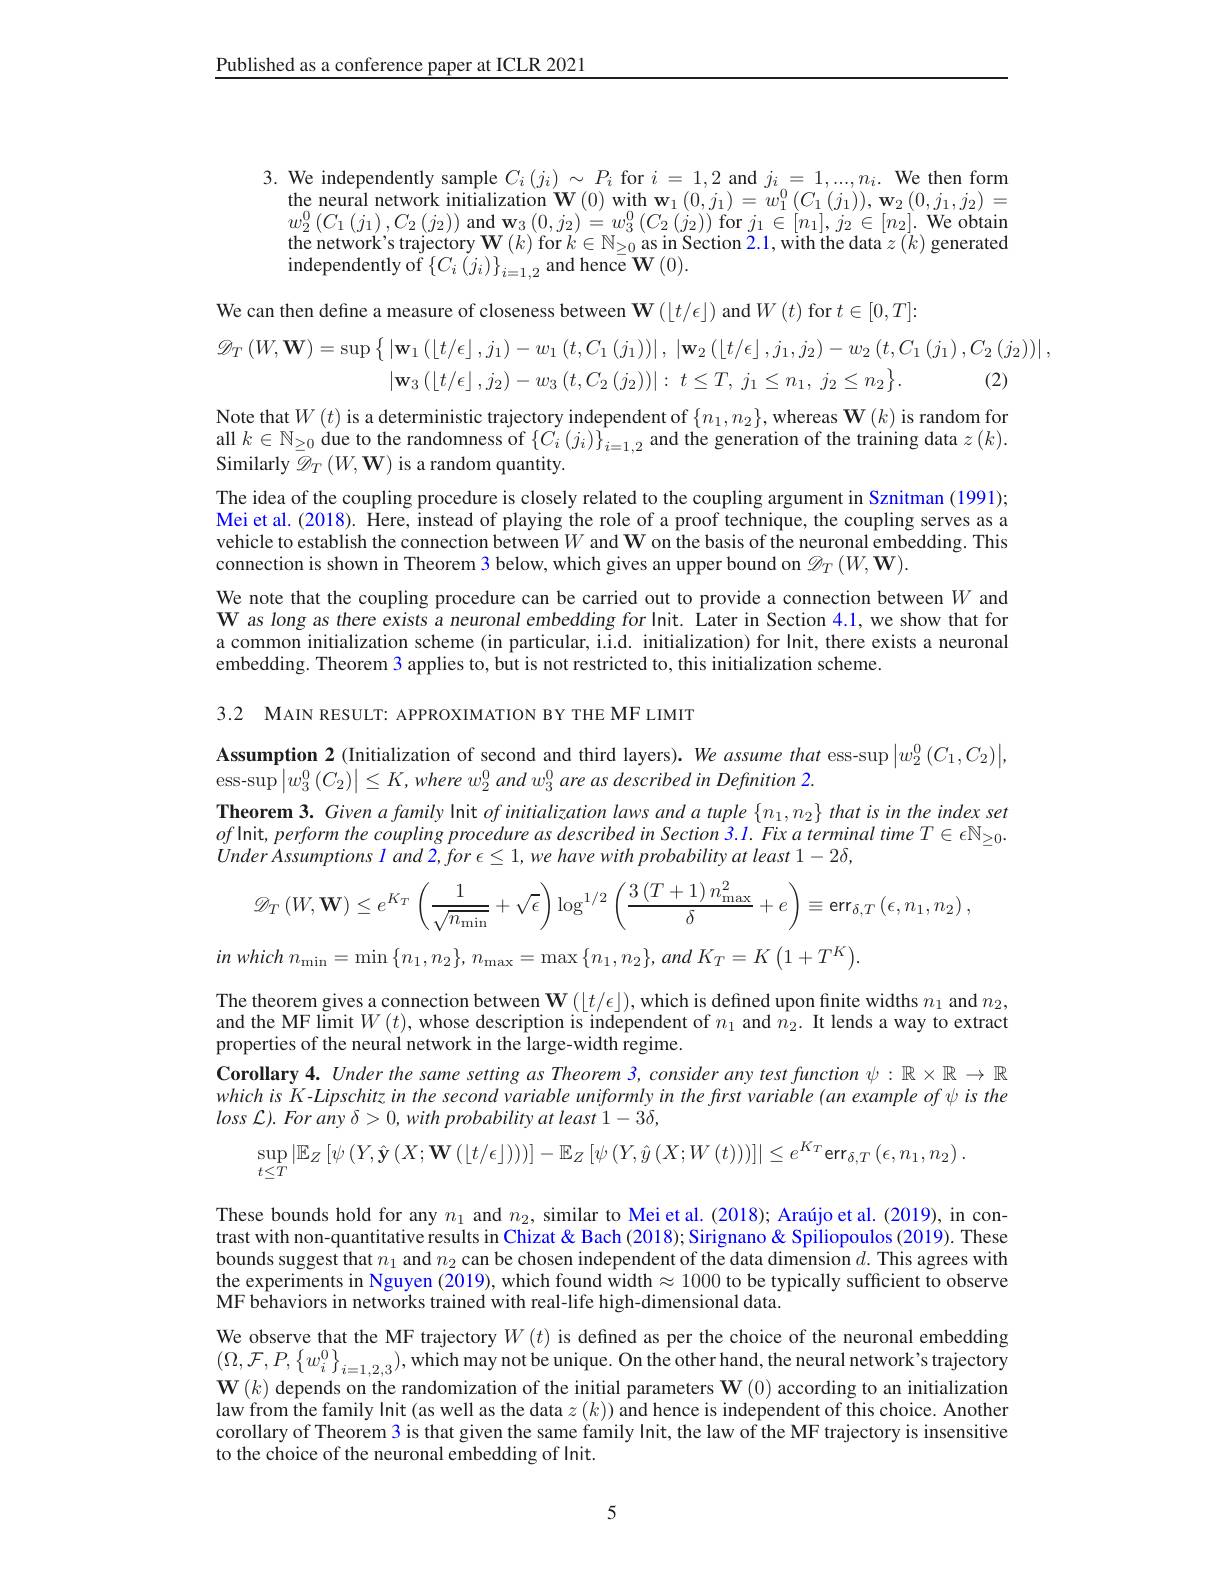
$\underline{\text{Published as a conference paper at ICLR 2021}}$

3. We independently sample $C_i\left(j_i\right)\sim P_i$ for $i=1,2$ and $j_i=1,...,n_i.$ We then form
$\begin{array}{c}{\text{the neural network initialization}}\\{\mathbf{W}(0)\mathrm{~with~w}_{1}(0,j_{1})=w_{1}^{0}(C_{1}(j_{1})),\mathbf{w}_{2}(0,j_{1},j_{2})=}\end{array}$ $w_{2}^{0}\left(C_{1}\left(j_{1}\right),C_{2}\left(j_{2}\right)\right)$and$\mathbf{w}_{3}\left(0,j_{2}\right)=w_{3}^{0}\left(C_{2}\left(j_{2}\right)\right)$for$j_{1}\in[n_{1}],j_{2}\in[n_{2}].$We obtain the network's trajectory $\mathbf{W}(k)$ for $k\in\mathbb{N}_\geq0$ as in Section 2.1, with the data $z\left(k\right)$ generated independently of $\{C_{i}\left(j_{i}\right)\}_{i=1,2}$ and hence $\mathbf{W}\left(0\right).$

We can then define a measure of closeness between $\mathbf{W}\left(\lfloor t/\epsilon\rfloor\right)$ and $W\left(t\right)$ for $t\in[0,T]:$
$$\begin{aligned}\mathscr{D}_{T}\left(W,\mathbf{W}\right)&=\sup\left\{\left|\mathbf{w}_{1}\left(\left\lfloor t/\epsilon\right\rfloor,j_{1}\right)-w_{1}\left(t,C_{1}\left(j_{1}\right)\right)\right|,\:\left|\mathbf{w}_{2}\left(\left\lfloor t/\epsilon\right\rfloor,j_{1},j_{2}\right)-w_{2}\left(t,C_{1}\left(j_{1}\right),C_{2}\left(j_{2}\right)\right)\right|\\&\left|\mathbf{w}_{3}\left(\left\lfloor t/\epsilon\right\rfloor,j_{2}\right)-w_{3}\left(t,C_{2}\left(j_{2}\right)\right)\right|:\:t\leq T,\:j_{1}\leq n_{1},\:j_{2}\leq n_{2}\right\}.&\text{(2)}\end{aligned}$$
Note that$W(t)$ is a deterministic trajectory independent of $\{n_1,n_2\}$,whereas W$(k)$ is random for all $k\in\mathbb{N}_{\geq0}$ due to the randomness of $\left\{C_{i}\left(j_{i}\right)\right\}_{i=1,2}$ and the generation of the training data $z\left(k\right).$ Similarly $\mathscr{D}_T\left(W,\mathbf{W}\right)$ is a random quantity.
The idea of the coupling procedure is closely related to the coupling argument in Sznitman (1991); Mei et al. (2018). Here, instead of playing the role of a proof technique, the coupling serves as a vehicle to establish the connection between $W$ and W on the basis of the neuronal embedding. This connection is shown in Theorem 3 below, which gives an upper bound on $\mathscr{D}_T\left(W,\mathbf{W}\right).$
We note that the coupling procedure can be carried out to provide a connection between $W$ and W as long as there exists a neuronal embedding for Init. Îater in Section 4.1, we show that for a common initialization scheme (in particular, i.i.d. initialization) for Init, there exists a neuronal embedding. Theorem 3 applies to, but is not restricted to, this initialization scheme.

3.2 MAIN RESULT: APPROXIMATION BY THE MF LIMIT

Assumption 2 (Initialization of second and third layers). We assume that ess-$\sup\left|w_{2}^{0}\left(C_{1},C_{2}\right)\right|$,
$\operatorname* { ess- sup} \left | w_{3}^{0}\left ( C_{2}\right ) \right | \leq K, where$ $w_{2}^{0}$ and w$_3^{0}$ are as described in Definition 2.
Theorem 3. Given a family Init $of$ initialization laws and a tuple $\{n_1,n_2\}$ that is in the index set $of$ Init, perform the coupling procedure as described in Section 3.1. Fix a terminal time $T\in\epsilon\mathbb{N}_\geq0.$ Under Assumptions $land2,for\epsilon\leq1,wehavewithprobabilityat$ least $1-2\delta$,
$$\mathscr{D}_{T}\left(W,\mathbf{W}\right)\leq e^{K_{T}}\left(\dfrac{1}{\sqrt{n_{\min}}}+\sqrt{\epsilon}\right)\log^{1/2}\left(\dfrac{3\left(T+1\right)n_{\max}^{2}}{\delta}+e\right)\equiv\text{err}_{\delta,T}\left(\epsilon,n_{1},n_{2}\right),$$
$in$ which $n_{\mathrm{min}}= \min \left \{ n_1, n_2\right \} $, $n_{\mathrm{max}}= \max \left \{ n_1, n_2\right \} $, and $K_T= K\left ( 1+ T^K\right ) .$

The theorem gives a connection between $\mathbf{W}\left(\lfloor t/\epsilon\rfloor\right)$, which is defined upon finite widths $n_1$ and $n_2$, and the MF limit $W(t)$, whose description is independent of $n_1$ and $\hat{n}_2.$ It lends a way to extract properties of the neural network in the large-width regime.
Corollary 4. Under the same setting as Theorem 3, consider any test function $\psi:\mathbb{R}\times\mathbb{R}\to\mathbb{R}$ $whichisK-Lipschitzinthesecondvariableuniformlyinthefirstvariable(anexampleof\psi isthe$ $loss \mathcal{L} ) . \textit{ For any }\delta > 0, with probability at least 1- 3\delta $,
$$\sup\limits_{t\leq T}\left|\mathbb{E}_{Z}\left[\psi\left(Y,\hat{\mathbf{y}}\left(X;\mathbf{W}\left(\lfloor t/\epsilon\rfloor\right)\right)\right)\right]-\mathbb{E}_{Z}\left[\psi\left(Y,\hat{y}\left(X;W\left(t\right)\right)\right)\right]\right|\leq e^{K_{T}}\mathrm{err}_{\delta,T}\left(\epsilon,n_{1},n_{2}\right).$$
These bounds hold for any $n_1$ and $n_2$, similar to Mei et al. (2018); Araújo et al. (2019), in contrast with non-quantitative results in Chizat& Bach (2018); Sirignano& Spiliopoulos (2019). These bounds suggest that $n_1$ and $n_2$ can be chosen independent of the data dimension $d.$ This agrees with the experiments in Nguyen (2019), which found width $\approx1000$ to be typically sufficient to observe MF behaviors in networks trained with real-life high-dimensional data.

We observe that the MF trajectory $W(t)$ is defned as per the choice of the neuronal embedding $\mathbf{W}(k)$ depends on the randomization of the initial parameters $\mathbf{W}(0)$ according to an initialization law from the family Init (as well as the data $z\left(k\right))$ and hence is independent of this choice. Another corollary of Theorem 3 is that given the same family Init, the law of the MF trajectory is insensitive to the choice of the neuronal embedding of Init.

5